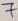
Text: 7